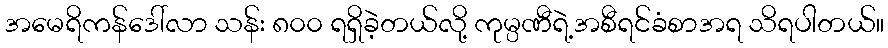
အမေရိကန်ဒေါ်လာ သန်း ၈၀၀ ရရှိခဲ့တယ်လို့ ကုမ္ပဏီရဲ့အစီရင်ခံစာအရ သိရပါတယ်။